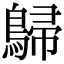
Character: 𪂋